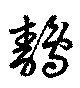
鶄